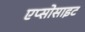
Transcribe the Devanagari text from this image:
एप्सोसाइट